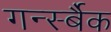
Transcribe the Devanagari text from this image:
गर्न्स्बैक